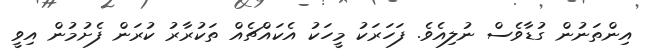
އިންތަނުން ގުޑާވެސް ނުލިއެވެ. ފަހަރަކު މީހަކު އެކައްޗެއް ތަކުރާރު ކުރަން ފެށުމުން އިވީ